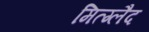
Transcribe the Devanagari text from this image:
मित्ग्लैद